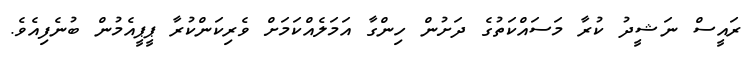
ރައީސް ނަޝީދު ކުރާ މަސައްކަތުގެ ދަށުން ހިންގާ އަމަލެއްކަމަށް ވެރިކަންކުރާ ޕީޕީއެމުން ބުނެފިއެވެ.